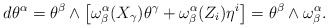
\begin{align*}d\theta^{\alpha}= \theta^{\beta} \wedge \big{[} \omega_{\beta}^{\alpha}(X_{\gamma})\theta^{\gamma} + \omega_{\beta}^{\alpha} (Z_i) \eta^i \big{]}=\theta^{\beta} \wedge \omega_{\beta}^{\alpha}. \end{align*}